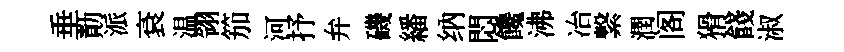
垂勣派袞温翎笳河抒弁磯繙纳悶饞沸冶繋潤阁猾餞淑